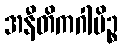
အနီတိကဂါမိဉ္စ